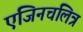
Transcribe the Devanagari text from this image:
एंजिनचलित्र